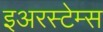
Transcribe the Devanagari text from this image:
इअरस्टेम्स